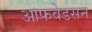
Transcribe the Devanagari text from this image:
आफवेडसन